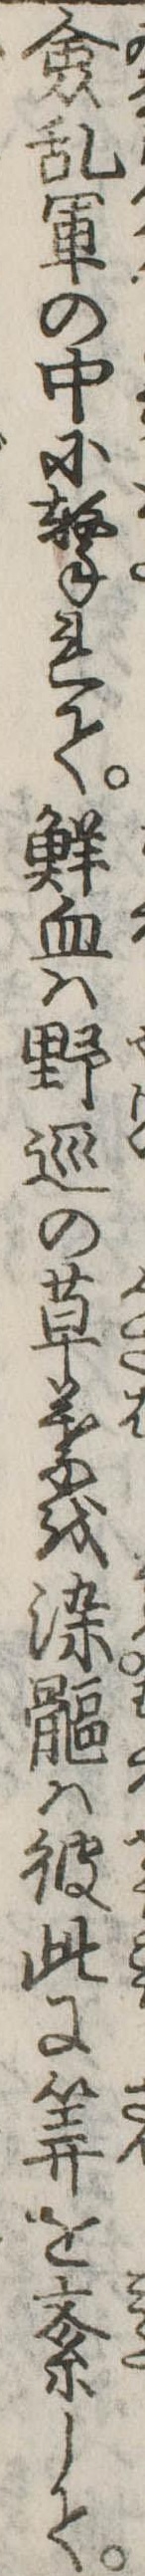
僉乱軍の中に撃れて鮮血は野の草葉を染は彼此に算を紊して